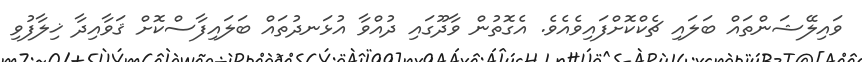
ވައިލޭޝަންތައް ބަލައި ޗެކްކޮށްފައިވެއެވެ. އެގޮތުން ވާދޫގައި ދުއްވާ އުޅަނދުތައް ބަލައިފާސްކޮށް ޤަވާއިދާ ޚިލާފުވި